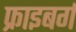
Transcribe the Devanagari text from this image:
फ्राइबर्ग